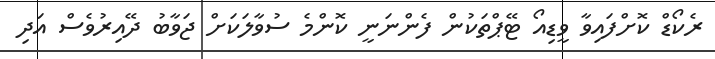
ރެކޯޑް ކޮށްފައިވާ ވީޑިއޯ ޓޭޕްތަކުން ފެންނަނީ ކޮންމެ ސުވާލަކަށް ޖަވާބު ދޭއިރުވެސް އަދި